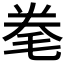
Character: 𣭮